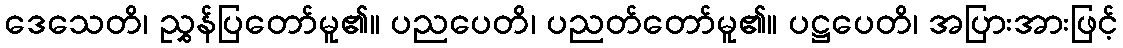
ဒေသေတိ၊ ညွှန်ပြတော်မူ၏။ ပညပေတိ၊ ပညတ်တော်မူ၏။ ပဋ္ဌပေတိ၊ အပြားအားဖြင့်